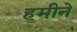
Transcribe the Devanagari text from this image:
हमीने